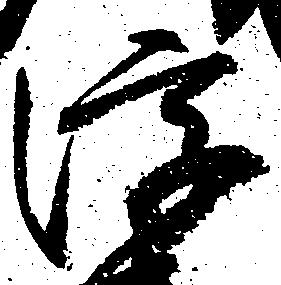
浮